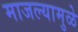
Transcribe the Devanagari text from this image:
माजल्यामुळे